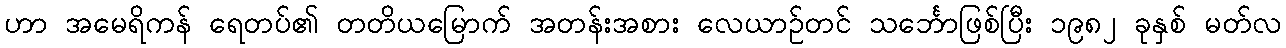
ဟာ အမေရိကန် ရေတပ်၏ တတိယမြောက် အတန်းအစား လေယာဉ်တင် သင်္ဘောဖြစ်ပြီး ၁၉၈၂ ခုနှစ် မတ်လ